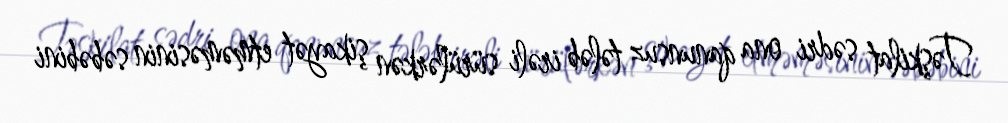
Təşkilat sədri ona qanunsuz tələb irəli sürülərkən şikayət etməməsinin səbəbini